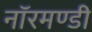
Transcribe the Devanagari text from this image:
नॉरमण्डी